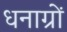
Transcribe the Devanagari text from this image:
धनाग्रों